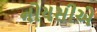
નોયસીએ